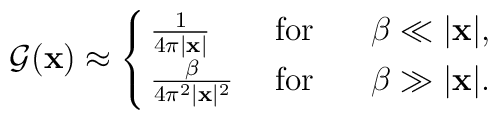
{\cal G}({\bf x}) \approx\cases{{1 \over 4\pi \vert {\bf x} \vert}\;& for $\;\;\;\;\; \beta \ll \vert {\bf x} \vert $, \cr{\beta \over 4\pi^2 \vert {\bf x} \vert ^2}\;& for $\;\;\;\;\; \beta \gg \vert {\bf x} \vert $. \cr}